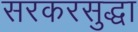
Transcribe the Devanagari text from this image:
सरकरसुद्धा